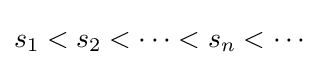
s_{1}<s_{2}<\cdots <s_{n}<\cdots